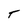
Character: T